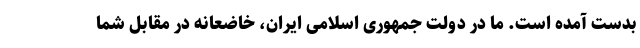
بدست آمده است. ما در دولت جمهوری اسلامی ایران، خاضعانه در مقابل شما